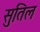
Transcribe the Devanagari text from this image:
सुतिल